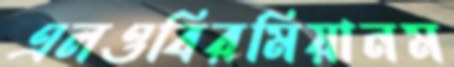
এলওবিরমিয়ানম